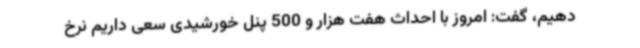
دهیم، گفت: امروز با احداث هفت هزار و 500 پنل خورشیدی سعی داریم نرخ